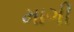
માગી